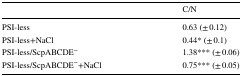
<table><thead><tr><td></td><td><b>C/N</b></td></tr></thead><tbody><tr><td>PSI-less</td><td>0.63 (± 0.12)</td></tr><tr><td>PSI-less+NaCl</td><td>0.44* (± 0.1)</td></tr><tr><td>PSI-less/ScpABCDE<sup>−</sup></td><td>1.38*** (± 0.06)</td></tr><tr><td>PSI-less/ScpABCDE<sup>−</sup>+NaCl</td><td>0.75*** (± 0.05)</td></tr></tbody></table>